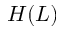
H ( L )